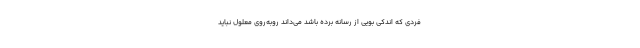
فردی که اندکی بویی از رسانه برده باشد می‌داند روبه‌روی معلول نباید